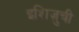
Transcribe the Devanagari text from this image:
इशिज़ुची